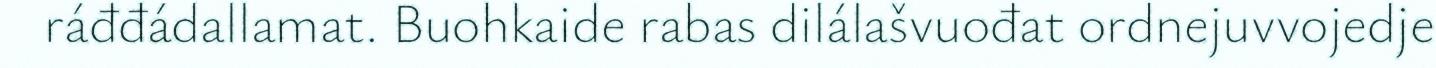
ráđđádallamat. Buohkaide rabas dilálašvuođat ordnejuvvojedje